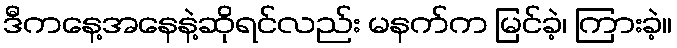
ဒီကနေ့အနေနဲ့ဆိုရင်လည်း မနက်က မြင်ခဲ့၊ ကြားခဲ့။